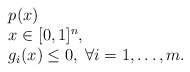
\begin{align*}\begin{array}{llr} & p(x) \\ & x\in [0,1]^n, \\& g_i(x)\le 0,\; \forall i=1,\dots,m.\end{array}\end{align*}